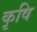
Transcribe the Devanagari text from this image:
कृषि